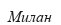
Милан